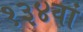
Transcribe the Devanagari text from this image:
१३४वां